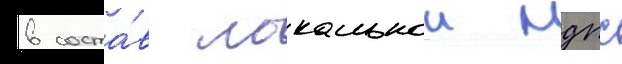
в соста́в локальнои мдпс